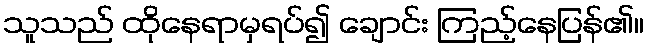
သူသည် ထိုနေရာမှရပ်၍ ချောင်း ကြည့်နေပြန်၏။